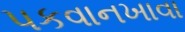
પકવાનખાવા